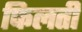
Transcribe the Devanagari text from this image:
फिलती